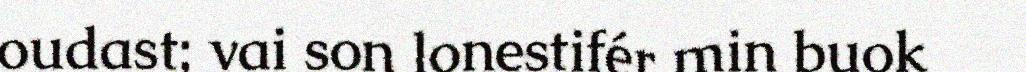
oudast; vai son lonestifér min buok